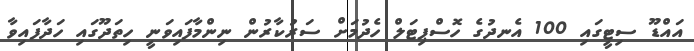
އައްޑޫ ސިޓީގައި 100 އެނދުގެ ހޮސްޕިޓަލް ހެދުމަށް ސަރުކާރުން ނިންމާފައިވަނީ ހިތަދޫގައި ހަދާފައިވާ